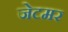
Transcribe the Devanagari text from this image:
जेटमर